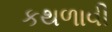
કથળાવી